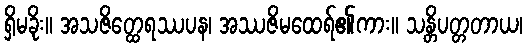
ရှိမခိုး။ အသဇိတ္ထေရဿပန၊ အဿဇိမထေရ်၏ကား။ သန္တိပတ္တတာယ၊